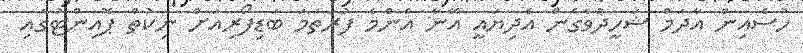
ހުސެއިން އާދަމް ޝަހީދުވެގެން އެދިޔައީ އޭނާ އެންމެ ފުރަތަމަ ބަޑިފޯރިއަށް ނިކުތް ޕޮއިންޓުގައި